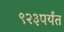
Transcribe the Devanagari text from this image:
९२३पर्यंत